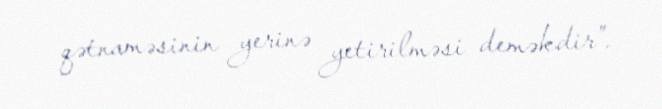
qətnaməsinin yerinə yetirilməsi deməkdir”.